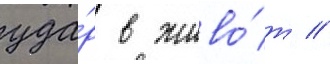
уда́р в живо́т //